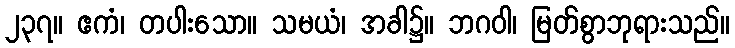
၂၃၇။ ဧကံ၊ တပါးသော။ သမယံ၊ အခါ၌။ ဘဂဝါ၊ မြတ်စွာဘုရားသည်။